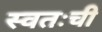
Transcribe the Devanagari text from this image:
स्वतःची